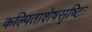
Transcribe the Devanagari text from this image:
कल्पिताशेषसृष्टिः